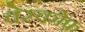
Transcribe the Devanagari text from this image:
वेस्कोफ़